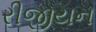
રીજીયન